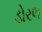
ડોરલ